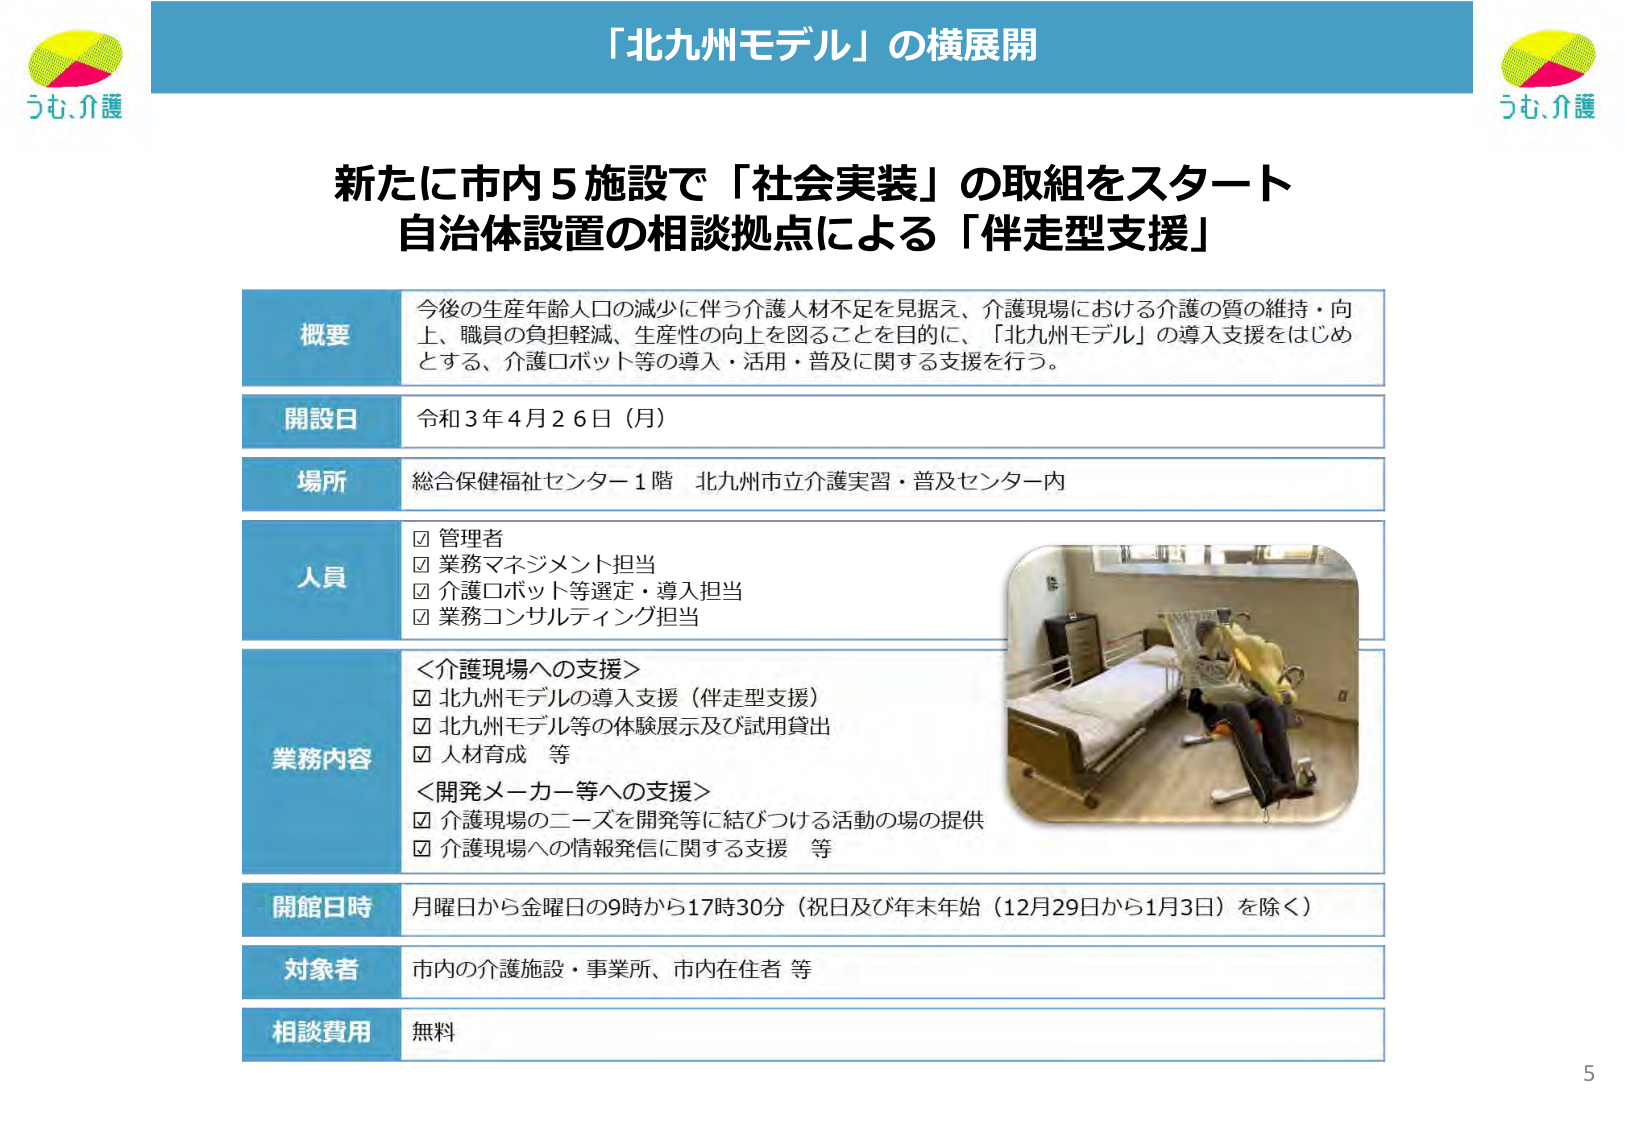
「北九州モデル」の横展開

新たに市内5施設で「社会実装」の取組をスタート
自治体設置の相談拠点による「伴走型支援」

概要
今後の生産年齢人口の減少に伴う介護人材不足を見据え、介護現場における介護の質の維持・向上、職員の負担軽減、生産性の向上を図ることを目的に、「北九州モデル」の導入支援をはじめとする、介護ロボット等の導入・活用・普及に関する支援を行う。

開設日
令和3年4月26日（月）

場所
総合保健福祉センター1階 北九州市立介護実習・普及センター内

人員
☑ 管理者
☑ 業務マネジメント担当
☑ 介護ロボット等選定・導入担当
☑ 業務コンサルティング担当

業務内容
＜介護現場への支援＞
☑ 北九州モデルの導入支援（伴走型支援）
☑ 北九州モデル等の体験展示及び試用貸出
☑ 人材育成 等
＜開発メーカー等への支援＞
☑ 介護現場のニーズを開発等に結びつける活動の場の提供
☑ 介護現場への情報発信に関する支援 等

開館日時
月曜日から金曜日の9時から17時30分（祝日及び年末年始（12月29日から1月3日）を除く）

対象者
市内の介護施設・事業所、市内在住者 等

相談費用
無料

うも、介護
うも、介護
5